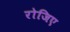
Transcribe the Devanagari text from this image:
रोजिए